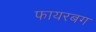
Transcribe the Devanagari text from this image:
फायरबग